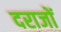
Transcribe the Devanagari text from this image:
दराजों